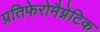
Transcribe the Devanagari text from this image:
प्रतिफेरोमैग्नेटिक